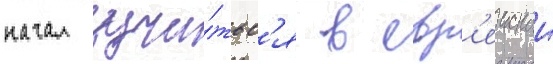
начал учи́тьс'я в евр'еискои